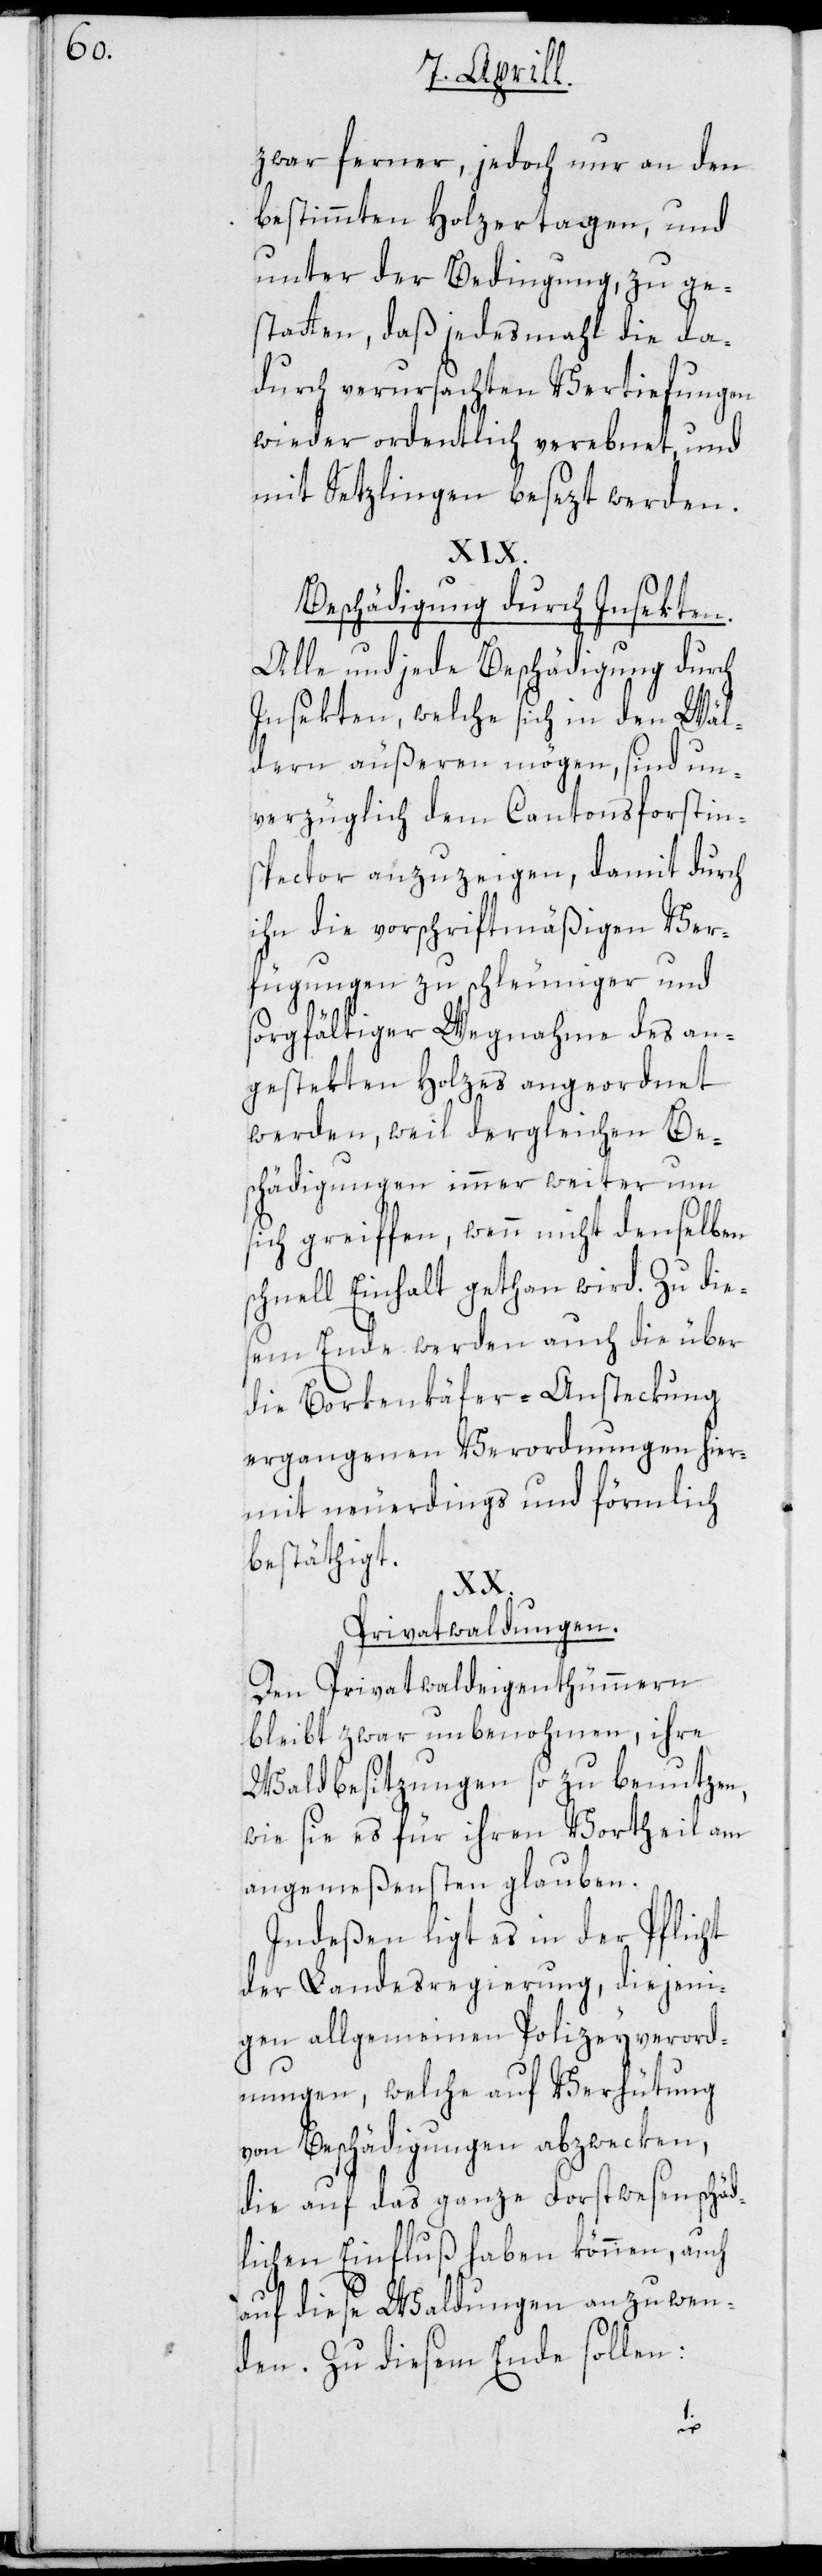
zwar ferner, jedoch nur an den
bestimmten Holzertagen, und
unter der Bedingung, zu ge¬
statten, daß jedesmahl die da¬
durch verursachten Vertiefungen
wieder ordentlich verebnet, und
mit Setzlingen besezt werden.
Beschädigung durch Insekten.
Alle und jede Beschädigung durch
Insekten, welche sich in den Wäl¬
dern äußeren mögen, sind un¬
verzüglich dem Cantonsforstin¬
spector anzuzeigen, damit durch
ihn die vorschriftmäßigen Ver¬
fügungen zu schleuniger und
sorgfältiger Wegnahme des an¬
gestekten Holzes angeordnet
werden, weil dergleichen Be¬
schädigungen immer weiter um
sich greiffen, wenn nicht denselben
schnell Einhalt gethan wird. Zu die¬
sem Ende werden auch die über
die Borkenkäfer-Ansteckung
ergangenen Verordnungen hier¬
mit neuerdings und förmlich
besthätigt.
Privatwaldungen.
Den Privatwaldeigenthümmern
bleibt zwar unbenohmen, ihre
Waldbesitzungen so zu benutzen,
wie sie es für ihren Vortheil am
angemeßensten glauben.
Indeßen ligt es in der Pflicht
der Landesregierung, diejeni¬
gen allgemeinen Polizeyverord¬
nungen, welche auf Verhütung
von Beschädigungen abzwecken,
die auf das ganze Forstwesen schäd¬
lichen Einfluß haben können, auch
auf diese Waldungen anzuwen¬
den. Zu diesem Ende sollen: